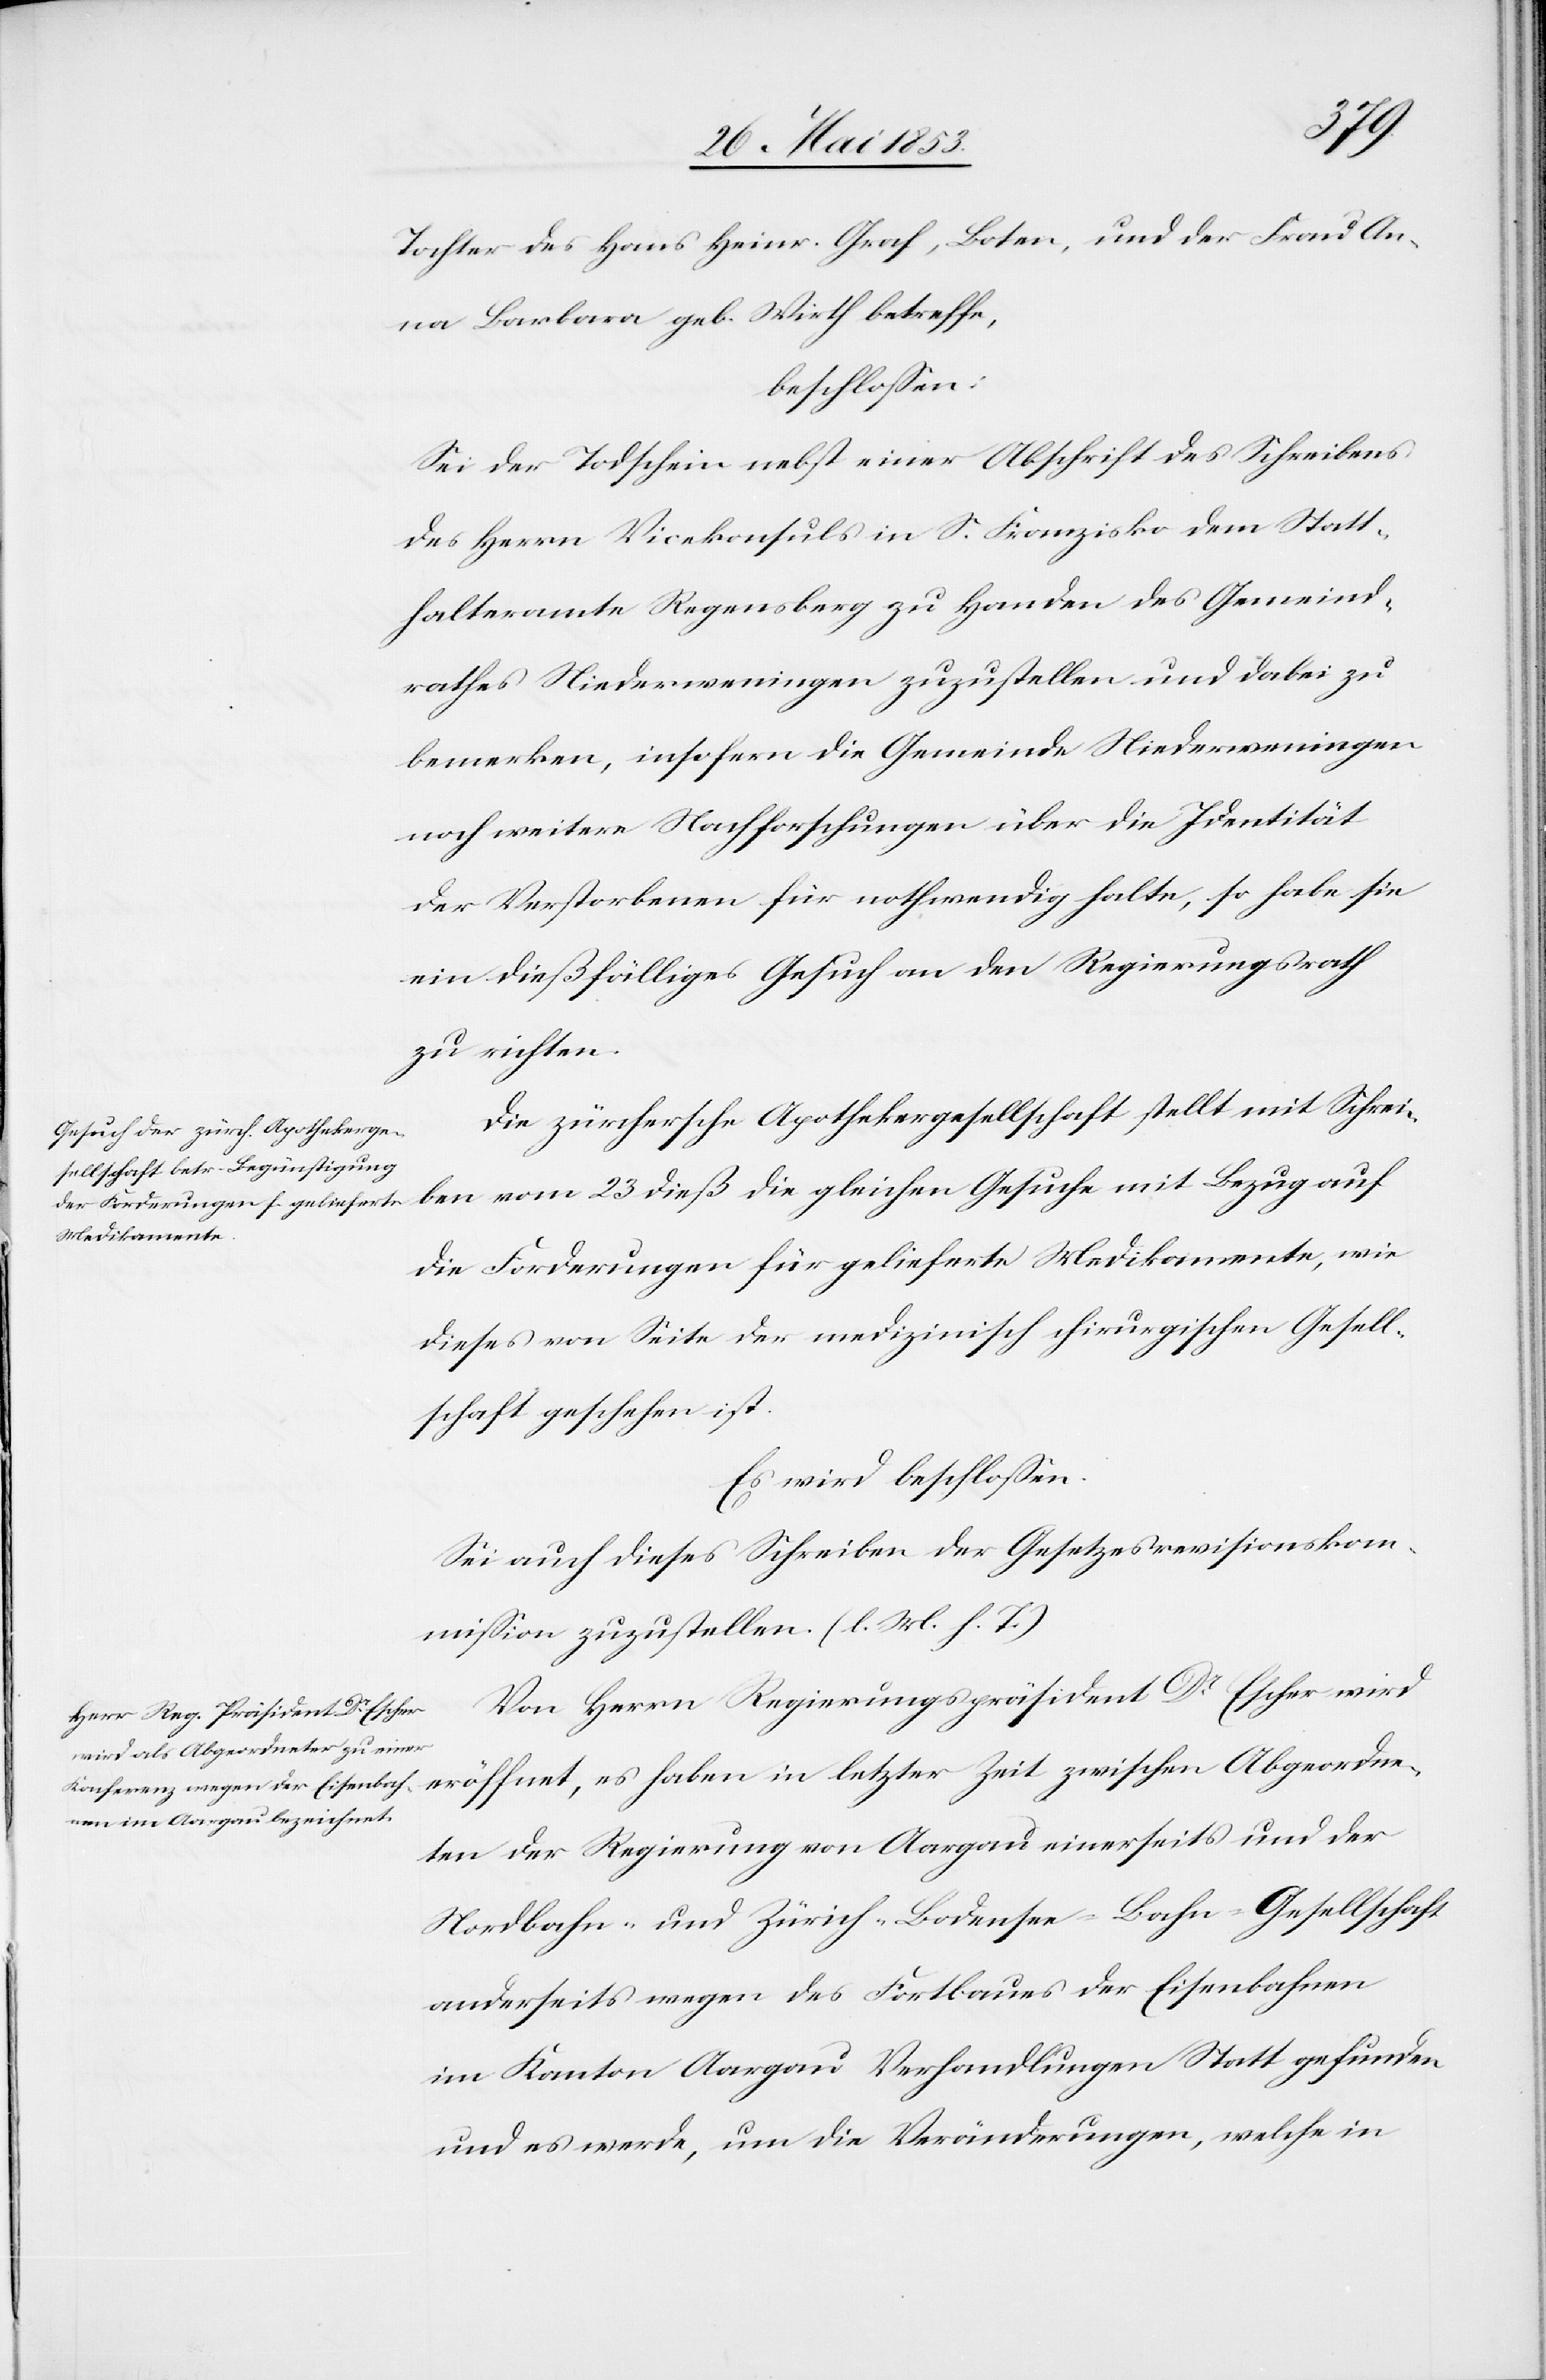
Tochter des Hans Heinr. Graf, Boten, und der Frau An¬
na Barbara geb. Wirth betreffe,
beschloßen:
Sei der Todschein nebst einer Abschrift des Schreibens
des Herrn Vicekonsuls in S. Franzisko dem Statt¬
halteramte Regensberg zu Handen des Gemeind¬
rathes Niederweningen zuzustellen und dabei zu
bemerken, insofern die Gemeinde Niederweningen
noch weitere Nachforschungen über die Identität
der Verstorbenen für nothwendig halte, so habe sie
ein dießfälliges Gesuch an den Regierungsrath
zu richten.
Die zürchersche Apothekergesellschaft stellt mit Schrei¬
ben vom 23 dieß die gleichen Gesuche mit Bezug auf
die Forderungen für gelieferte Medikamente, wie
dieses von Seite der medizinisch chirurgischen Gesell¬
schaft geschehen ist.
Es wird beschloßen:
Sei auch dieses Schreiben der Gesetzesrevisionskom¬
mißion zuzustellen. [l. M. h. T]
Von Herrn Regierungspräsident Dr. Escher wird
eröffnet, es haben in letzter Zeit zwischen Abgeordne¬
ten der Regierung von Aargau einerseits und der
Nordbahn- und Zürich-Bodensee-Bahn-Gesellschaft
anderseits wegen des Fortbaues der Eisenbahnen
im Kanton Aargau Verhandlungen Statt gefunden
und es werde, um die Veränderungen, welche in